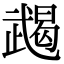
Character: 𢎔